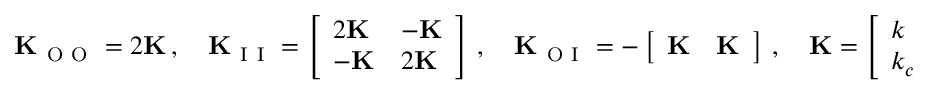
\mathbf { K } _ { \mathrm { ~ O ~ O ~ } } = 2 \mathbf { K } \, , \quad \mathbf { K } _ { \mathrm { ~ I ~ I ~ } } = \left[ \begin{array} { l l } { 2 \mathbf { K } } & { - \mathbf { K } } \\ { - \mathbf { K } } & { 2 \mathbf { K } } \end{array} \right] \, , \quad \mathbf { K } _ { \mathrm { ~ O ~ I ~ } } = - \left[ \begin{array} { l l } { \mathbf { K } } & { \mathbf { K } } \end{array} \right] \, , \quad \mathbf { K } = \left[ \begin{array} { l l } { k } & { k _ { c } } \\ { k _ { c } } & { k _ { t } } \end{array} \right] \, .